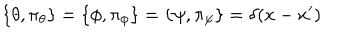
\{ \theta , \pi _ { \theta } \} = \{ \phi , \pi _ { \phi } \} = \{ \psi , \pi _ { \psi } \} = \delta ( x - x ^ { \prime } )